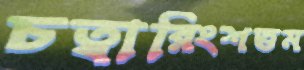
চত্বারিংশত্তম